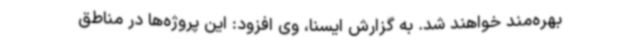
بهره‌مند خواهند شد. به گزارش ایسنا، وی افزود: این پروژه‌ها در مناطق